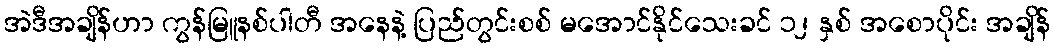
အဲဒီအချိန်ဟာ ကွန်မြူနစ်ပါတီ အနေနဲ့ ပြည်တွင်းစစ် မအောင်နိုင်သေးခင် ၁၂ နှစ် အစောပိုင်း အချိန်